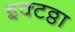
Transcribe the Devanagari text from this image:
इक्टठ्ठा